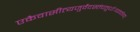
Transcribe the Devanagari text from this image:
एकैवासीत्यजुर्वेदस्तंचतुर्धाःव्यवर्तयत्